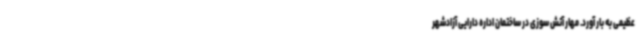
عظیمی به بار آورد. مهار آتش سوزی در ساختمان اداره دارایی آزادشهر